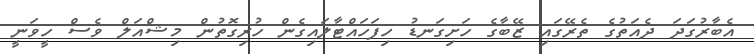
އެބާރުގަދަ ދެއަތުގެ ތެރޭގައި ޒޭބާގެ ހަށިގަނޑު ހިފަހައްޓާލައިގެން ހުރިގޮތުން މިޝްއަލް ވެސް ހީވަނީ